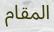
المقام